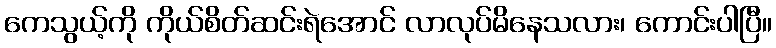
ကေသွယ့်ကို ကိုယ်စိတ်ဆင်းရဲအောင် လာလုပ်မိနေသလား၊ ကောင်းပါပြီ။